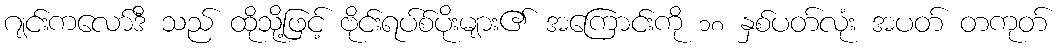
ဂျင်းကလော်ဒီ သည် ထိုသို့ဖြင့် ဗိုင်းရပ်စ်ပိုးများ၏ အကြောင်းကို ၁၈ နှစ်ပတ်လုံး အပတ် တကုတ်